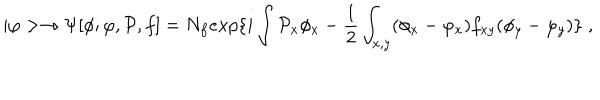
| \varphi > \to \Psi [ \phi ; \varphi , { \cal P } , f ] = N _ { f } e x p \{ i \int { \cal P } _ { x } \phi _ { x } - { \frac { 1 } { 2 } } \int _ { x , y } ( \phi _ { x } - \varphi _ { x } ) f _ { x y } ( \phi _ { y } - \varphi _ { y } ) \} \; ,